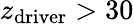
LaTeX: z_{\mathrm{driver}}>30